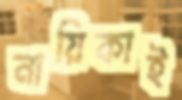
নায়িকাই